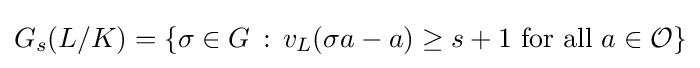
G_{s}(L/K)=\{\sigma \in G\,:\,v_{L}(\sigma a-a)\geq s+1{\text{ for all }}a\in {\mathcal {O}}\}